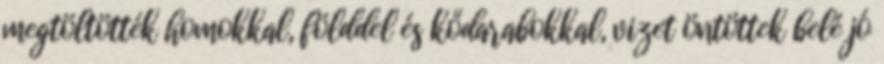
megtöltötték homokkal, földdel és kődarabokkal, vizet öntöttek belé jó